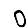
Digit: 0